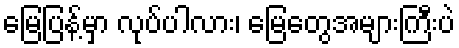
မြေပြန့်မှာ လုပ်ပါလား၊ မြေတွေအများကြီးပဲ